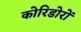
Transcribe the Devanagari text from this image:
कोरिडोरों